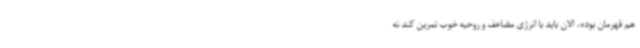
هم قهرمان بوده، الان باید با انرژی مضاعف و روحیه خوب تمرین کند نه